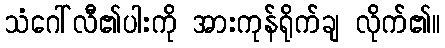
သံဂေါ်လီ၏ပါးကို အားကုန်ရိုက်ချ လိုက်၏။